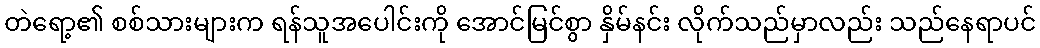
တဲရော့၏ စစ်သားများက ရန်သူအပေါင်းကို အောင်မြင်စွာ နှိမ်နင်း လိုက်သည်မှာလည်း သည်နေရာပင်